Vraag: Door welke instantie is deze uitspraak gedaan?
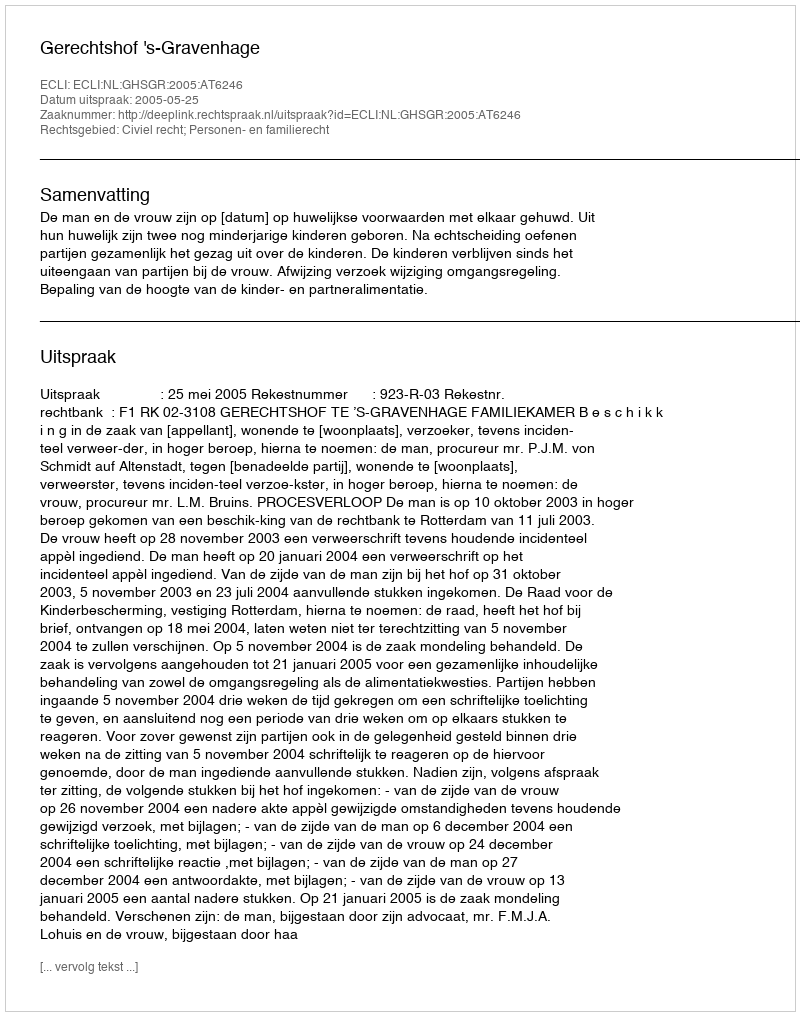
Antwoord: Gerechtshof 's-Gravenhage